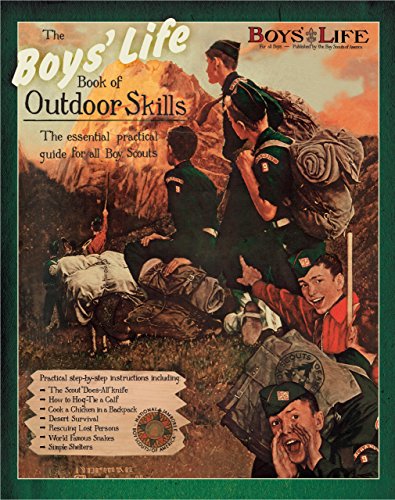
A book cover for Boys' Life Book of Outdoor Skills; Boy Scouts of America; Humor & Entertainment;